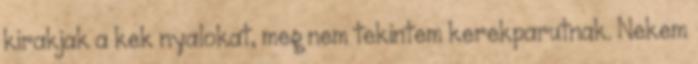
kirakjak a kek nyalokat, meg nem tekintem kerekparutnak. Nekem